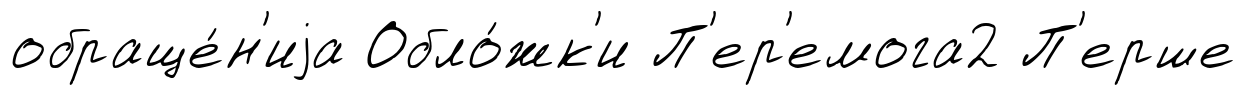
обраще́н'иjа Обло́жк'и П'ер'емога2 П'ерше